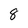
Character: 8